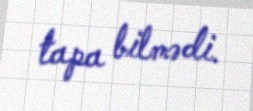
tapa bilmədi.